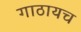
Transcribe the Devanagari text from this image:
गाठायच